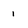
Character: 1